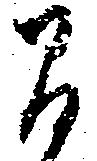
間